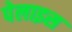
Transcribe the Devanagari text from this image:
पेलाइस